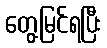
တွေ့မြင်ရပြီး